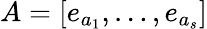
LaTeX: A=[e_{a_{1}},\dots,e_{a_{s}}]